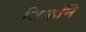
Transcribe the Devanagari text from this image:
जिन्होँने